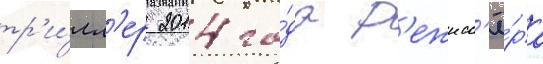
тр'и́лл'ер 2014 го́да р'ежисс'ё́ра